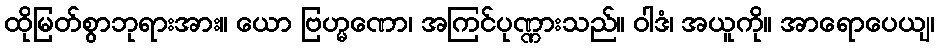
ထိုမြတ်စွာဘုရားအား။ ယော ဗြဟ္မဏော၊ အကြင်ပုဏ္ဏားသည်။ ဝါဒံ၊ အယူကို။ အာရောပေယျ၊